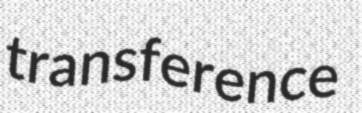
transference